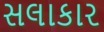
સલાકાર